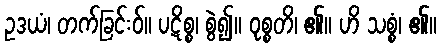
ဥဒယံ၊ တက်ခြင်းဝ်။ ပဋိစ္စ၊ စွဲ၍။ ဝုစ္စတိ၊ ၏။ ဟိ သစ္စံ၊ ၏။